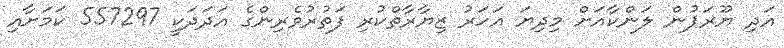
އަދި ޔޫރަޕުން ލަންކާއަށް މިދިޔަ އަހަރު ޒިޔާރާތްކުރި ފަތުރުވެރިންގެ އަދަދަކީ 557297 ކަމަށާއި